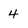
Character: 4